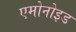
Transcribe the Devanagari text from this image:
एमोनोइड